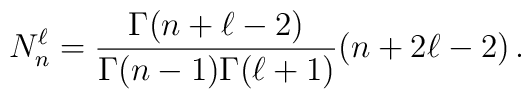
N_{n}^{\ell}= \frac{\Gamma(n+\ell-2)}{\Gamma(n-1)\Gamma(\ell+1)}(n+2\ell-2) \, .